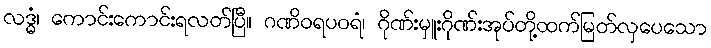
လဒ္ဓံ၊ ကောင်းကောင်းရလတ်ပြီ။ ဂဏိဝရပဝရံ၊ ဂိုဏ်းမှူးဂိုဏ်းအုပ်တို့ထက်မြတ်လှပေသော